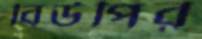
বিউপির